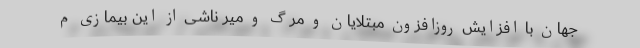
جهان با افزایش روزافزون مبتلایان و مرگ و میر ناشی از این بیمازی م